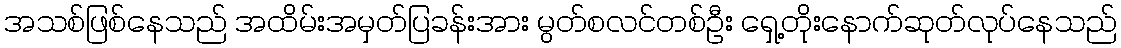
အသစ်ဖြစ်နေသည် အထိမ်းအမှတ်ပြခန်းအား မွတ်စလင်တစ်ဦး ရှေ့တိုးနောက်ဆုတ်လုပ်နေသည်